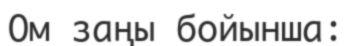
Ом заңы бойынша: